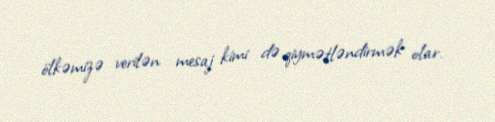
ölkəmizə verilən mesaj kimi də qiymətləndirmək olar.